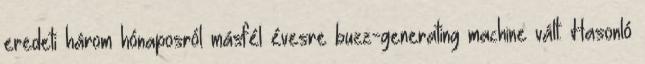
eredeti három hónaposról másfél évesre buzz-generating machine vált. Hasonló